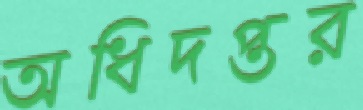
অধিদপ্তর